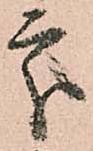
處